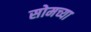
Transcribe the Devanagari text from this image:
सोमच्या